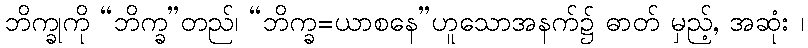
ဘိက္ခုကို “ဘိက္ခ”တည်၊ “ဘိက္ခ=ယာစနေ”ဟူသောအနက်၌ ဓာတ် မှည့်, အဆုံး ၊